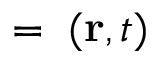
{ \bf \xi } = { \bf \xi } ( { \bf r } , t )